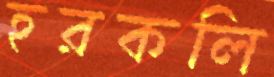
হরকলি